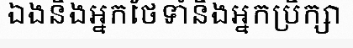
ឯងនិងអ្នកថែទាំនិងអ្នកប្រឹក្សា